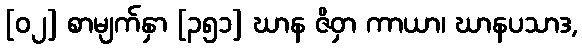
[၀၂] စာမျက်နှာ [၃၅၁] ဃာန ဇိဝှာ ကာယာ၊ ဃာနပသာဒ,